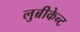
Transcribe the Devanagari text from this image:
लुब्रीकेन्ट